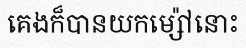
គេងក៏បានយកម្ស៉ៅនោះ